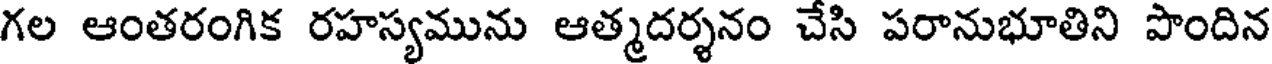
గల ఆంతరంగిక రహస్యమును ఆత్మదర్శనం చేసి పరానుభూతిని పొందిన